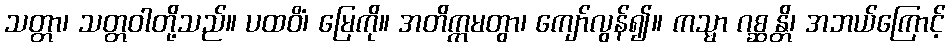
သတ္တာ၊ သတ္တဝါတို့သည်။ ပထဝိံ၊ မြေကို။ အတိက္ကမတွာ၊ ကျော်လွန်၍။ ကသ္မာ ဂစ္ဆန္တိ၊ အဘယ်ကြောင့်